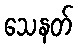
သေနတ်